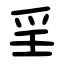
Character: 㸒